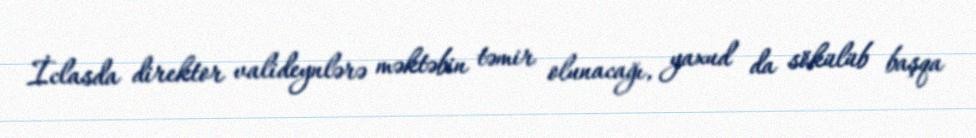
İclasda direktor valideynlərə məktəbin təmir olunacağı, yaxud da sökülüb başqa